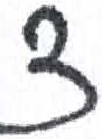
אות: ד